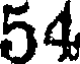
54